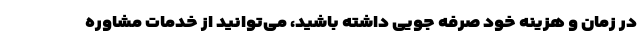
در زمان و هزینه خود صرفه جویی داشته باشید، ‌می‌توانید از خدمات مشاوره